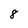
Character: 8